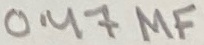
Text: 0.47µF